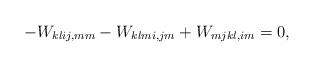
LaTeX: \begin{align*} -W_{klij, mm}-W_{klmi, jm}+W_{mjkl, im}=0, \end{align*}